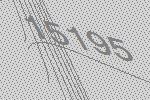
15195